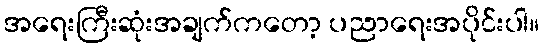
အရေးကြီးဆုံးအချက်ကတော့ ပညာရေးအပိုင်းပါ။